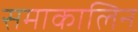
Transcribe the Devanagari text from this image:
समाकालिन